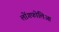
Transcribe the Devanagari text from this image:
लोंगफोलिआ